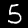
Digit: 5